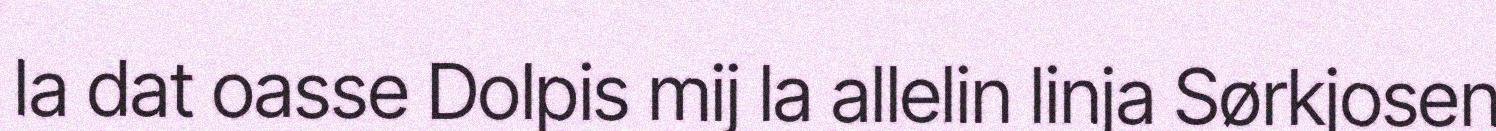
la dat oasse Dolpis mij la allelin linja Sørkjosen